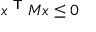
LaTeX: x ^ { \textsf { T } } M x \leq 0